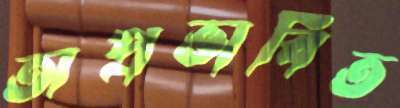
অপ্রভাবিত